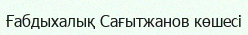
Ғабдыхалық Сағытжанов көшесі